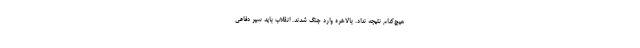
هیچ‌کدام نتیجه نداد. بالاخره وارد جنگ شدند. انقلاب باید سپر دفاعی